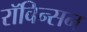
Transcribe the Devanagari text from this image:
रॉबिन्सन